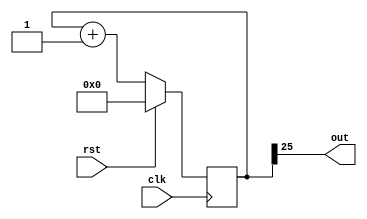
/*
   This file was generated automatically by the Mojo IDE version B1.3.6.
   Do not edit this file directly. Instead edit the original Lucid source.
   This is a temporary file and any changes made to it will be destroyed.
*/

module clockdivider_5 (
    input clk,
    input rst,
    output reg out
  );
  
  
  
  reg [25:0] M_counter_d, M_counter_q = 1'h0;
  
  always @* begin
    M_counter_d = M_counter_q;
    
    out = M_counter_q[25+0-:1];
    M_counter_d = M_counter_q + 1'h1;
  end
  
  always @(posedge clk) begin
    if (rst == 1'b1) begin
      M_counter_q <= 1'h0;
    end else begin
      M_counter_q <= M_counter_d;
    end
  end
  
endmodule